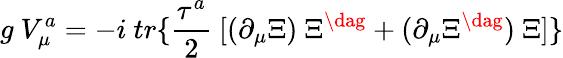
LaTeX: g~V_{\mu}^{a}=-i~tr\{ \frac{\tau^{a}}{2}~[(\partial_{\mu}\Xi)~\Xi^{\dag}+(\partial_{\mu}\Xi^{\dag})~\Xi]\}